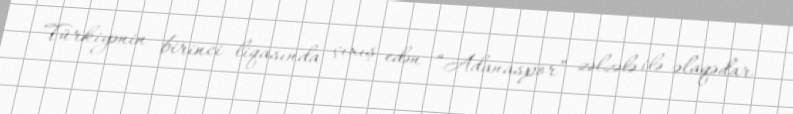
Türkiyənin birinci liqasında çıxış edən “Adanaspor” zəlzələ ilə əlaqədar